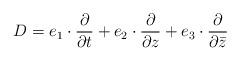
LaTeX: \begin{align*}D=e_1\cdot\frac{\partial}{\partial t}+e_2\cdot\frac{\partial}{\partial z}+e_3\cdot\frac{\partial}{\partial {\bar{z}}}\end{align*}